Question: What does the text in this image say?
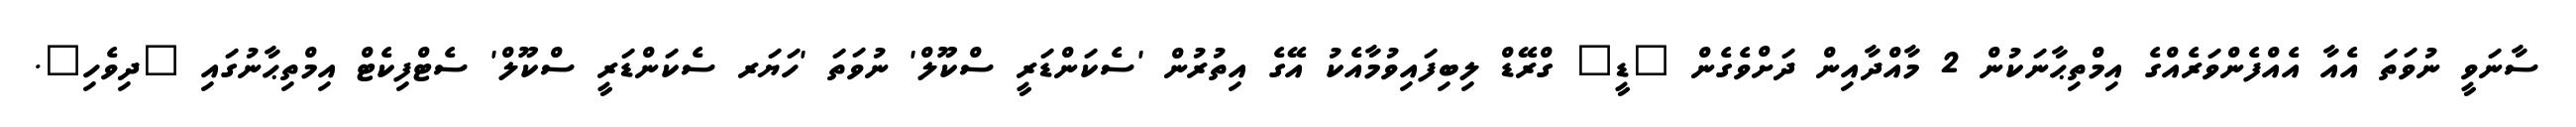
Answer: ސާނަވީ ނުވަތަ އެއާ އެއްފެންވަރެއްގެ އިމްތިޙާނަކުން 2 މާއްދާއިން ދަށްވެގެން "ޑީ" ގްރޭޑް ލިބިފައިވުމާއެކު އޭގެ އިތުރުން 'ސެކަންޑަރީ ސްކޫލް' ނުވަތަ 'ހަޔަރ ސެކަންޑަރީ ސްކޫލް' ސެޓްފިކެޓް އިމްތިޙާނުގައި "ދިވެހި".